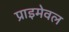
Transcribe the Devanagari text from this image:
प्राइमेवल